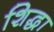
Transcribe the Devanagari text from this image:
शिद्धा